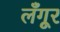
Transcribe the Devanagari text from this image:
लँगूर